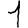
Digit: 1